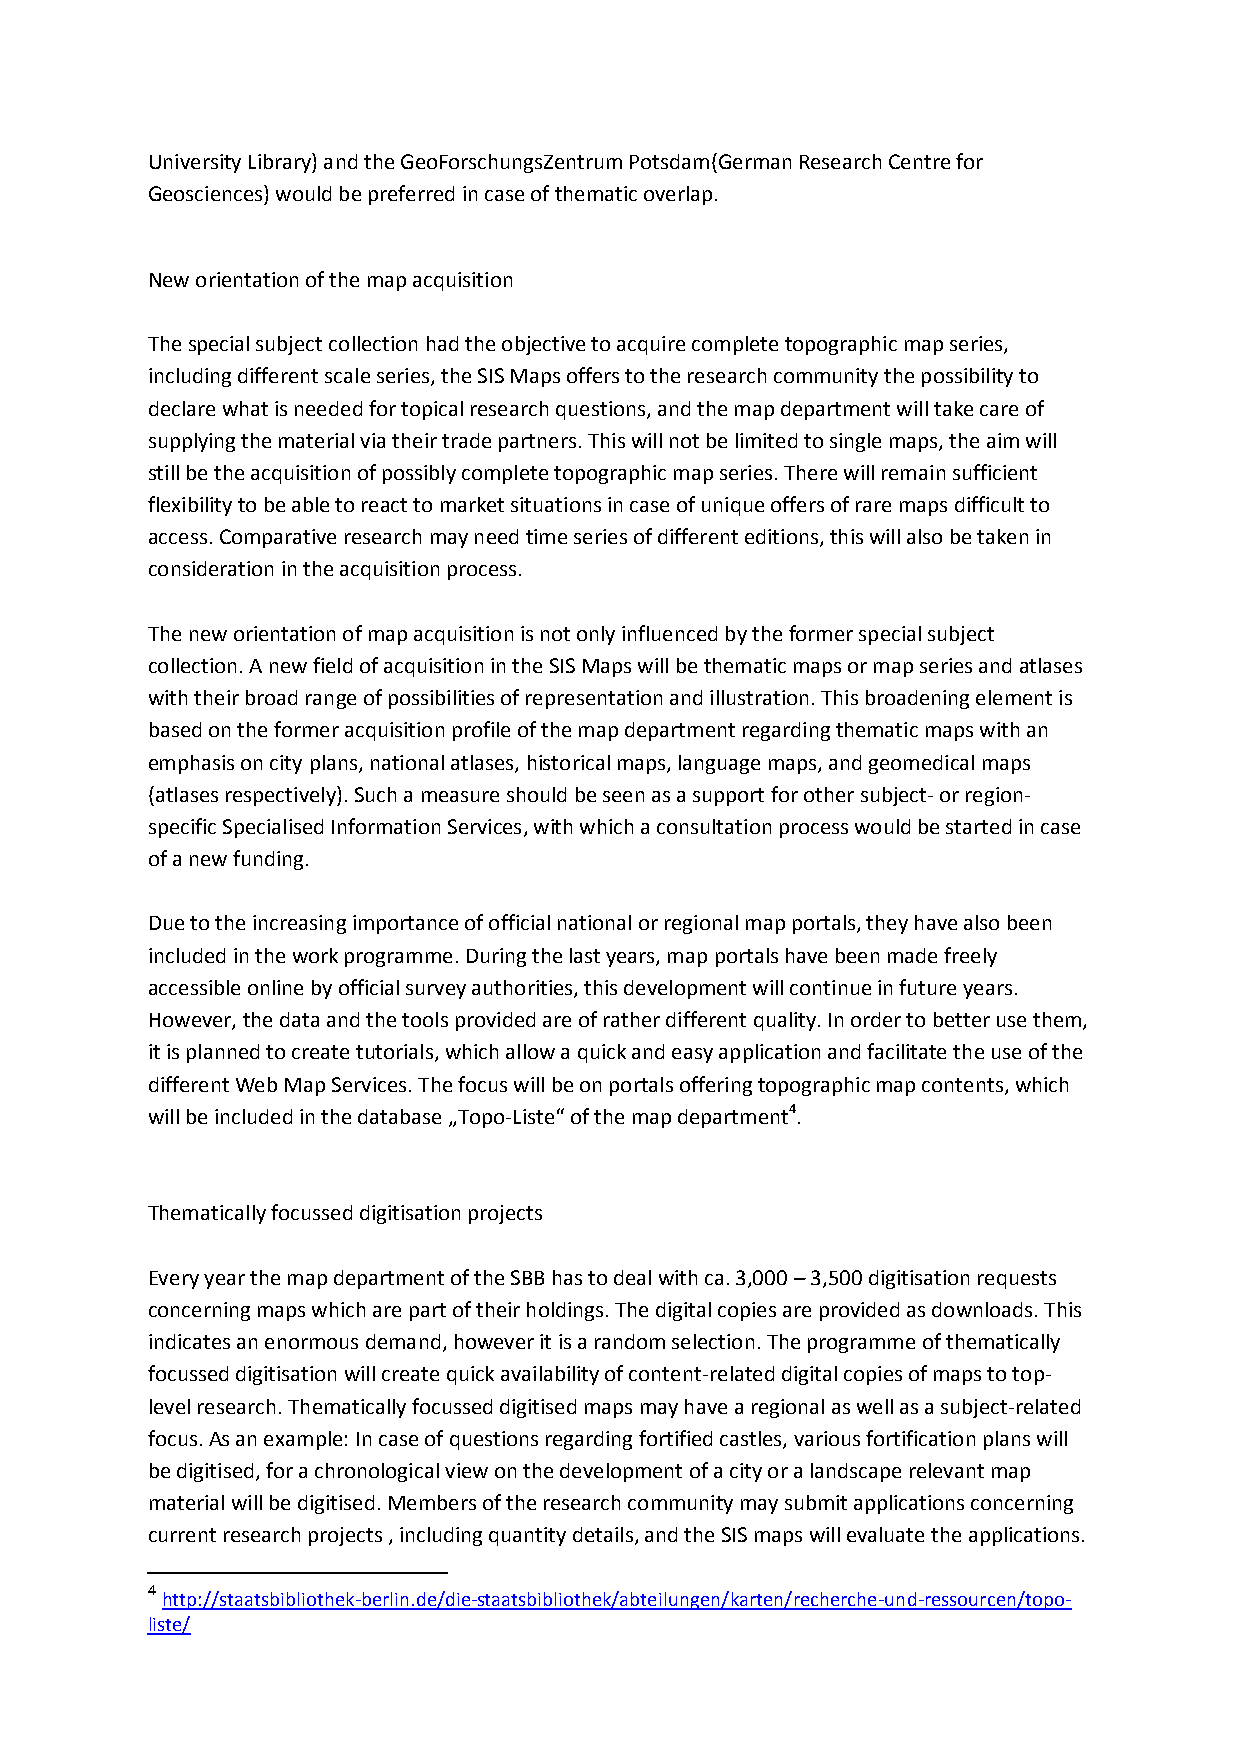
University Library) and the GeoForschungsZentrum Potsdam(German Research Centre for
 Geosciences) would be preferred in case of thematic overlap.
 New orientation of the map acquisition
 The special subject collection had the objective to acquire complete topographic map series,
 including different scale series, the SIS Maps offers to the research community the possibility to
 declare what is needed for topical research questions, and the map department will take care of
 supplying the material via their trade partners. This will not be limited to single maps, the aim will
 still be the acquisition of possibly complete topographic map series. There will remain sufficient
 flexibility to be able to react to market situations in case of unique offers of rare maps difficult to
 access. Comparative research may need time series of different editions, this will also be taken in
 consideration in the acquisition process.
 The new orientation of map acquisition is not only influenced by the former special subject
 collection. A new field of acquisition in the SIS Maps will be thematic maps or map series and atlases
 with their broad range of possibilities of representation and illustration. This broadening element is
 based on the former acquisition profile of the map department regarding thematic maps with an
 emphasis on city plans, national atlases, historical maps, language maps, and geomedical maps
 (atlases respectively). Such a measure should be seen as a support for other subject- or region-
 specific Specialised Information Services, with which a consultation process would be started in case
 of a new funding.
 Due to the increasing importance of official national or regional map portals, they have also been
 included in the work programme. During the last years, map portals have been made freely
 accessible online by official survey authorities, this development will continue in future years.
 However, the data and the tools provided are of rather different quality. In order to better use them,
 it is planned to create tutorials, which allow a quick and easy application and facilitate the use of the
 different Web Map Services. The focus will be on portals offering topographic map contents, which
 will be included in the database „Topo-Liste“ of the map department4.
 Thematically focussed digitisation projects
 Every year the map department of the SBB has to deal with ca. 3,000 – 3,500 digitisation requests
 concerning maps which are part of their holdings. The digital copies are provided as downloads. This
 indicates an enormous demand, however it is a random selection. The programme of thematically
 focussed digitisation will create quick availability of content-related digital copies of maps to top-
 level research. Thematically focussed digitised maps may have a regional as well as a subject-related
 focus. As an example: In case of questions regarding fortified castles, various fortification plans will
 be digitised, for a chronological view on the development of a city or a landscape relevant map
 material will be digitised. Members of the research community may submit applications concerning
 current research projects , including quantity details, and the SIS maps will evaluate the applications.
 4
 http://staatsbibliothek-berlin.de/die-staatsbibliothek/abteilungen/karten/recherche-und-ressourcen/topo-
 liste/